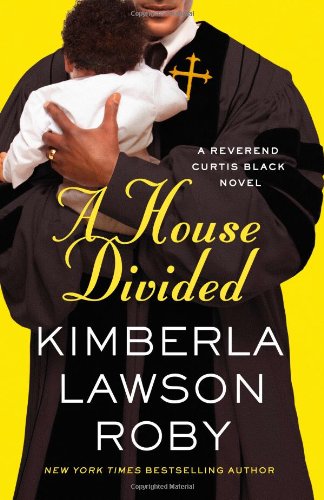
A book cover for A House Divided (A Reverend Curtis Black Novel); Kimberla Lawson Roby; Literature & Fiction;